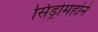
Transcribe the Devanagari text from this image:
सिंड्रोमहोने